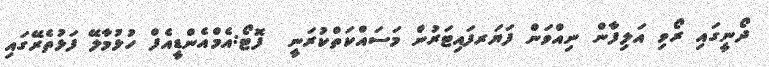
ދޯނީގައި ރޯވި އަލިފާން ނިއްވަން ފަޔަރފައިޓަރުން މަސައްކަތްކުރަނީ  ފޮޓޯ:އެމްއެންޑީއެފް ހުޅުމާލޭ ފަޅުތެރޭގައި